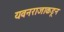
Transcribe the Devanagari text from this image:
यवनराजाकडून